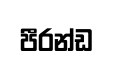
පීරන්ඩ